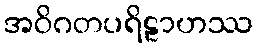
အဝိဂတပရိဠာဟဿ